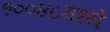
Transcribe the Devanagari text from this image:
१००४८मध्ये